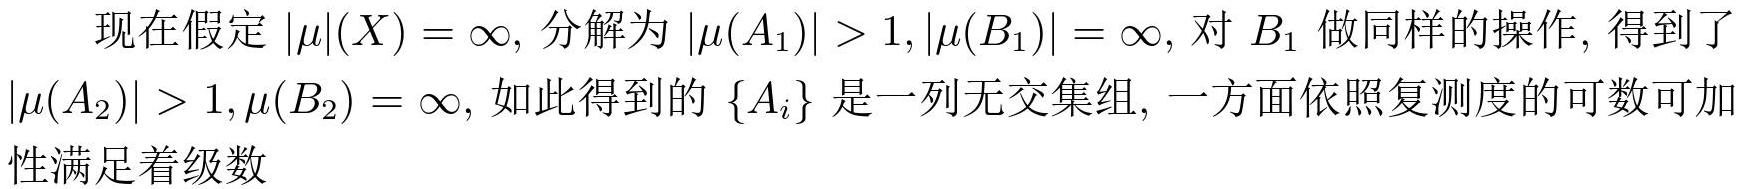
现在假定$|\mu|(X)=\infty$, 分解为$|\mu(A_1)|>1,|\mu(B_1)|=\infty$, 对$B_1$做同样的操作, 得到了$|\mu(A_2)|>1,\mu(B_2)=\infty$, 如此得到的$\{A_i\}$是一列无交集组, 一方面依照复测度的可数可加性满足着级数